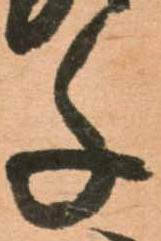
千